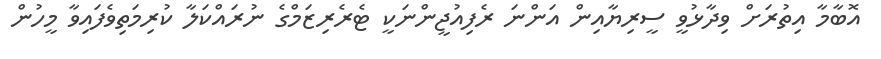
އޮބާމާ އިތުރަށް ވިދާޅުވީ ސީރިޔާއިން އަންނަ ރެފިއުޖީންނަކީ ޓެރެރިޒަމްގެ ނުރައްކަލާ ކުރިމަތިވެފައިވާ މީހުން